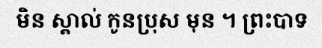
មិន ស្គាល់ កូនប្រុស មុន ។ ព្រះបាទ